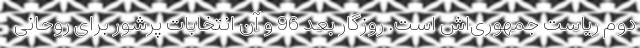
دوم ریاست جمهوری‌اش است. روزگار بعد 96 و آن انتخابات پرشور برای روحانی